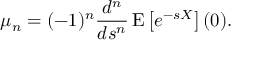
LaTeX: \mu _ { n } = ( - 1 ) ^ { n } { \frac { d ^ { n } } { d s ^ { n } } } \operatorname { E } \left[ e ^ { - s X } \right] ( 0 ) .